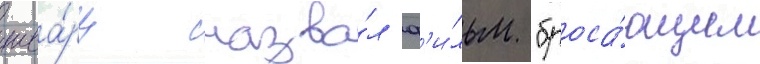
шва́рц назва́л ф'и́льм "броса́ющим